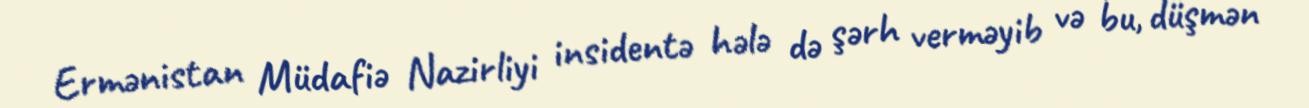
Ermənistan Müdafiə Nazirliyi insidentə hələ də şərh verməyib və bu, düşmən